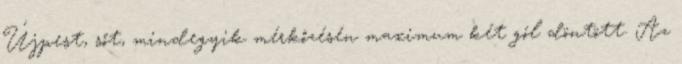
Újpest, sőt, mindegyik mérkőzésén maximum két gól döntött. Az